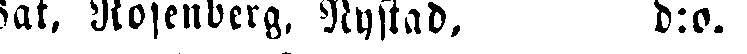
dat. Rosenberg. Nystad, d:o.